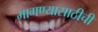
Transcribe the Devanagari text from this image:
मागण्यासाठीची